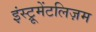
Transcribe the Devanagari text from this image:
इंस्ट्रूमेंटलिज़म